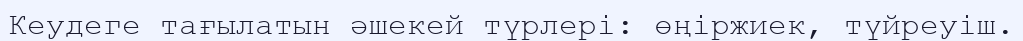
Кеудеге тағылатын әшекей түрлері: өңіржиек, түйреуіш.